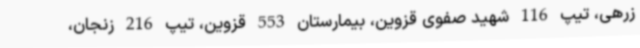
زرهی، تیپ 116 شهید صفوی قزوین، بیمارستان 553 قزوین، تیپ 216 زنجان،